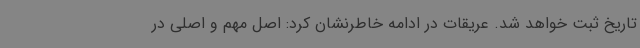
تاریخ ثبت خواهد شد. عریقات در ادامه خاطرنشان کرد: اصل مهم و اصلی در